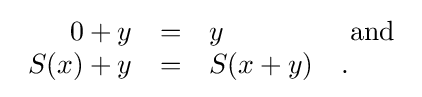
{\begin{array}{rcll}0+y&=&y&{\text{ and}}\\S(x)+y&=&S(x+y)&.\\\end{array}}